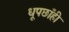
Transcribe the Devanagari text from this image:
धूपछाँही